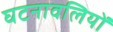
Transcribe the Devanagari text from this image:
घटनावलियों